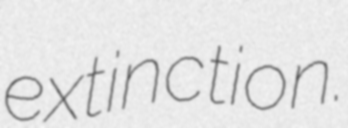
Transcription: extinction.